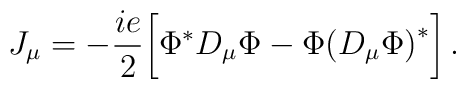
J_\mu = - {i e \over 2} \bigg [ \Phi^\ast D_\mu \Phi -\Phi \big( D_\mu \Phi \big)^\ast \bigg]   \,  .